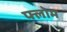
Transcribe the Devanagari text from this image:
फ्लोम